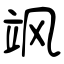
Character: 飒